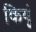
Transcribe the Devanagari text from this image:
कियूं